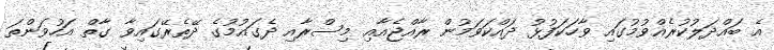
އެ ބައްދަލުކުރެއްވުމުގައި ވާހަކަފުޅު ދައްކަވަމުން ރާއްޖެއާއި މިސްރާއި ދެގައުމުގެ ދޭތެރޭގައިވާ ގާތް އަހުވަންތަ